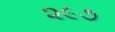
૨૯૭